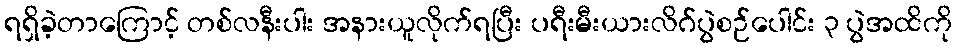
ရရှိခဲ့တာကြောင့် တစ်လနီးပါး အနားယူလိုက်ရပြီး ပရီးမီးယားလိဂ်ပွဲစဉ်ပေါင်း ၃ ပွဲအထိကို